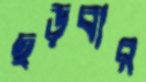
ছড়বার